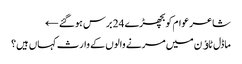
شاعر عوام کو بچھڑے 24 برس ہوگئے ←
ماڈل ٹاﺅن میں مرنے والوں کے وارث کہاں ہیں؟